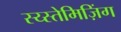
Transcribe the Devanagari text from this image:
स्य्स्तेमिज़िंग